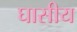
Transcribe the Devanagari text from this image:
घासीय